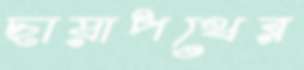
ছায়াপথের